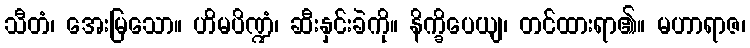
သီတံ၊ အေးမြသော။ ဟိမပိဏ္ဍံ၊ ဆီးနှင်းခဲကို။ နိက္ခိပေယျ၊ တင်ထားရာ၏။ မဟာရာဇ၊